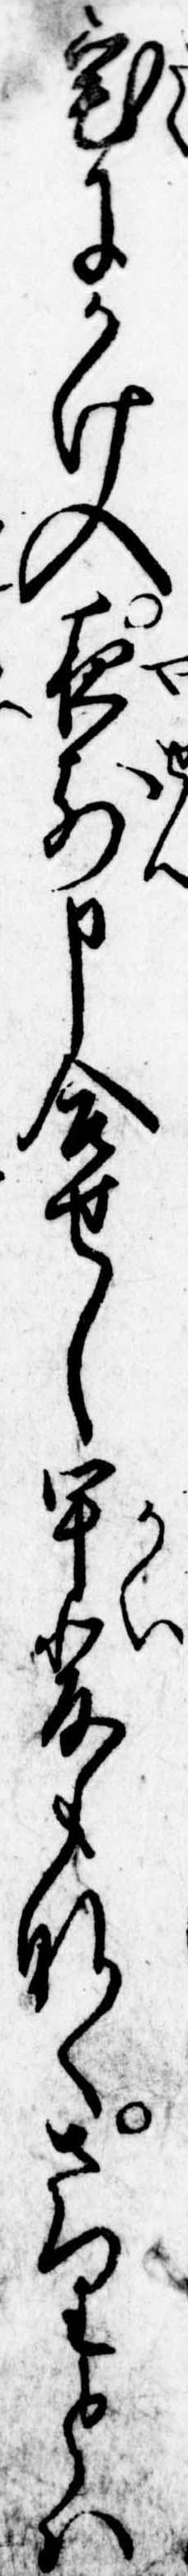
宅にかけ入夜前申合せし甲斐もなくさりとは